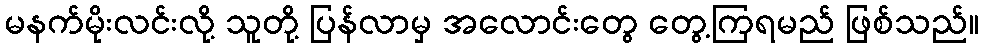
မနက်မိုးလင်းလို့ သူတို့ ပြန်လာမှ အလောင်းတွေ တွေ့ကြရမည် ဖြစ်သည်။